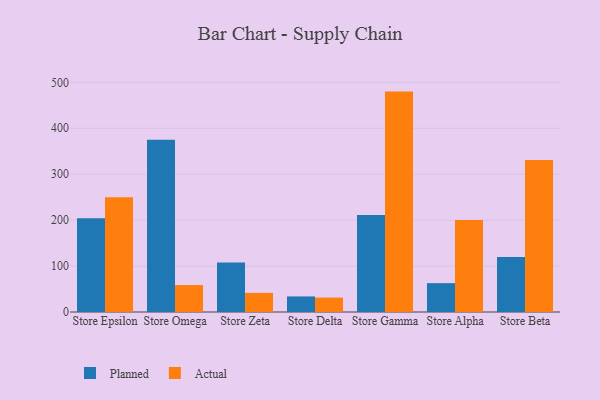
{"axis": {"x": "Store", "y": "Gross Profit (USD K)"}, "legend": ["Actual", "Planned"], "data": [{"x": "Store Epsilon", "y": 204.2, "type": "Planned"}, {"x": "Store Epsilon", "y": 250.0, "type": "Actual"}, {"x": "Store Omega", "y": 375.2, "type": "Planned"}, {"x": "Store Omega", "y": 58.7, "type": "Actual"}, {"x": "Store Zeta", "y": 107.9, "type": "Planned"}, {"x": "Store Zeta", "y": 41.6, "type": "Actual"}, {"x": "Store Delta", "y": 33.9, "type": "Planned"}, {"x": "Store Delta", "y": 31.4, "type": "Actual"}, {"x": "Store Gamma", "y": 210.9, "type": "Planned"}, {"x": "Store Gamma", "y": 479.8, "type": "Actual"}, {"x": "Store Alpha", "y": 62.8, "type": "Planned"}, {"x": "Store Alpha", "y": 200.2, "type": "Actual"}, {"x": "Store Beta", "y": 119.5, "type": "Planned"}, {"x": "Store Beta", "y": 331.1, "type": "Actual"}]}